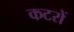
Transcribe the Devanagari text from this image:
कटरों